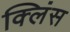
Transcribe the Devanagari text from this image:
क्लिंस